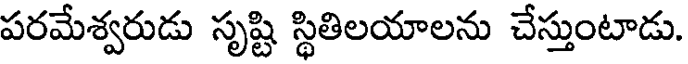
పరమేశ్వరుడు సృష్టి స్థితిలయాలను చేస్తుంటాడు.